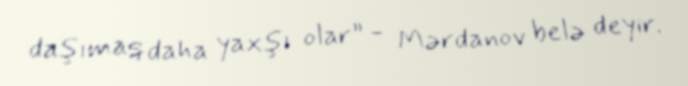
daşımaq daha yaxşı olar” - Mərdanov belə deyir.